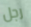
رجل